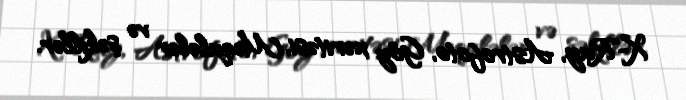
X-Ray, Astrofoto, Göy xəritəsi, Məqalələr və şəkillər.